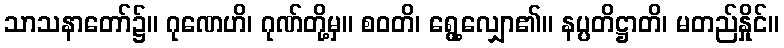
သာသနာတော်၌။ ဂုဏေဟိ၊ ဂုဏ်တို့မှ။ စဝတိ၊ ရွေ့လျှော၏။ နပ္ပတိဋ္ဌာတိ၊ မတည်နှိုင်။